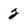
Character: 2